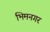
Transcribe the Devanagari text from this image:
भिमनगर